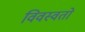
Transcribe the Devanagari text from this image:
विवस्वतो